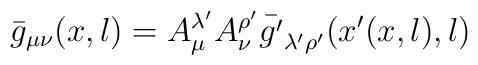
\bar{g}_{\mu\nu}(x,l) = A^{\lambda'}_{\mu} A^{\rho'}_{\nu}\bar{g'}_{\lambda'\rho'}(x'(x,l),l)